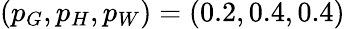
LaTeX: (p_{G},p_{H},p_{W})=(0.2,0.4,0.4)